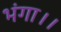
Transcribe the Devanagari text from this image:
भंगा।।